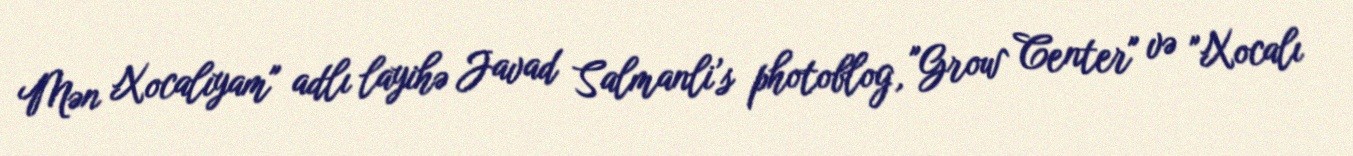
Mən Xocalıyam" adlı layihə Javad Salmanli’s photoblog, "Grow Center" və "Xocalı